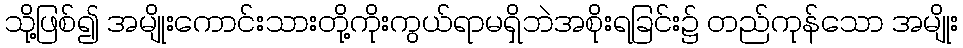
သို့ဖြစ်၍ အမျိုးကောင်းသားတို့ကိုးကွယ်ရာမရှိဘဲအစိုးရခြင်း၌ တည်ကုန်သော အမျိုး